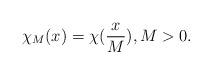
LaTeX: \begin{align*}\chi_M(x) = \chi(\frac{x}{M}),M > 0.\end{align*}